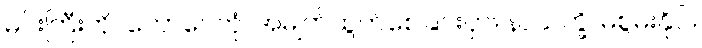
မင်းကြီးကို။ ကောပေတုံ၊ အမျက်ထွက်စေခြင်းငှာ။ နာသက္ခိ၊ မစွမ်းနိုင်။